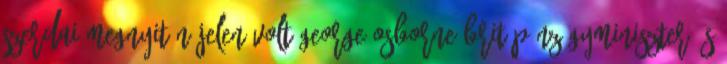
szerdai megnyitón jelen volt George Osborne brit pénzügyminiszter és